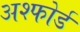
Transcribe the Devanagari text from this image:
अश्फोर्ड